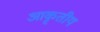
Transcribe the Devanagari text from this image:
आकृतीय